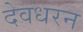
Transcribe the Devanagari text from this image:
देवधरन